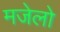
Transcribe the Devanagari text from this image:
मजेलो